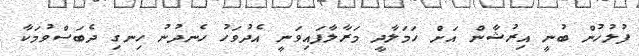
ފުލުހުން ބުނީ އިރުޝާން އަށް ހަމަލާދީ މަރާލާފައިވަނީ އެދުވަހު ހެނދުނު ހިނގި ދެބަަސްވުމަކާ